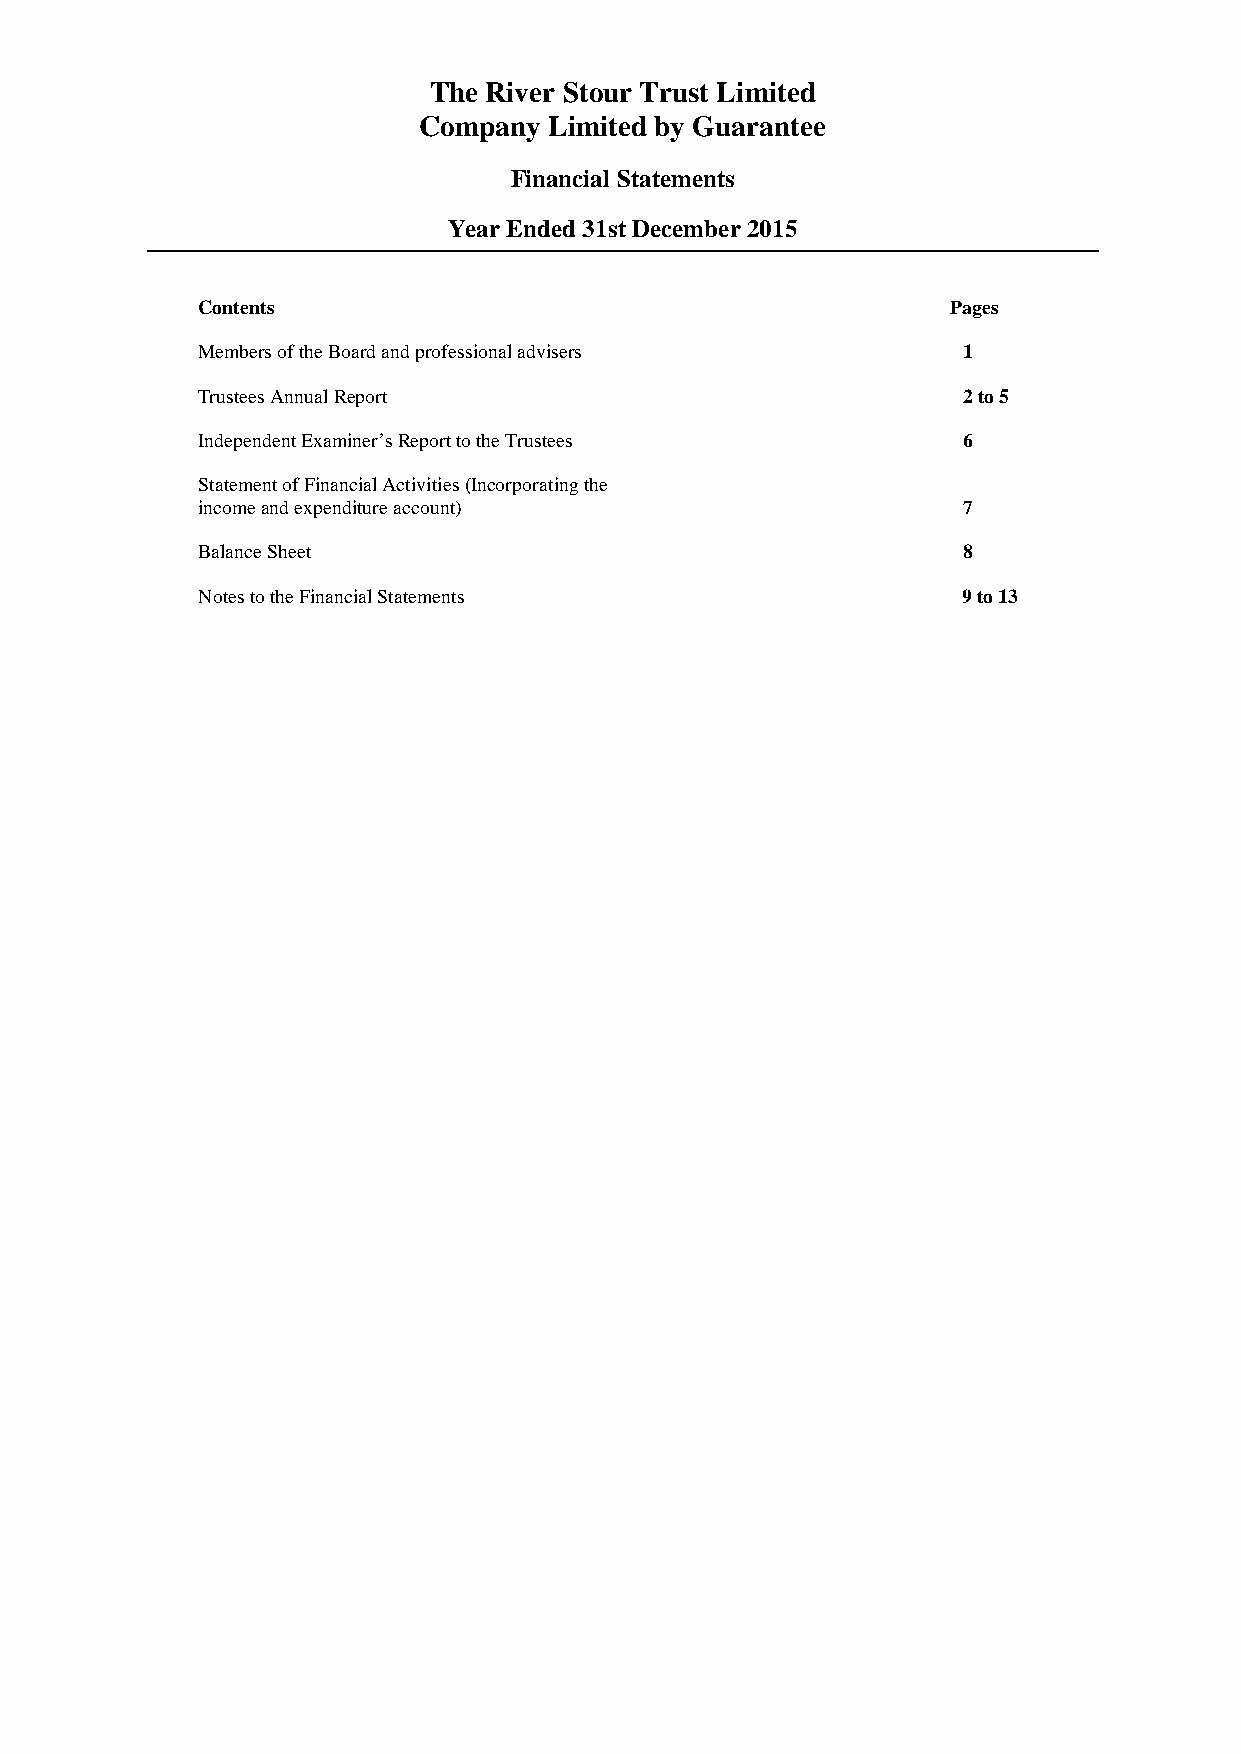
The River Stour Trust Limited
 Company Limited by Guarantee
 Financial Statements
 Year Ended 31st December 2015
 Contents                                          Pages
 Members of the Board and professional advisers     1
 Trustees Annual Report                             2 to 5
 Independent Examiner’s Report to the Trustees      6
 Statement of Financial Activities (Incorporating the
 income and expenditure account)                    7
 Balance Sheet                                      8
 Notes to the Financial Statements                  9 to 13